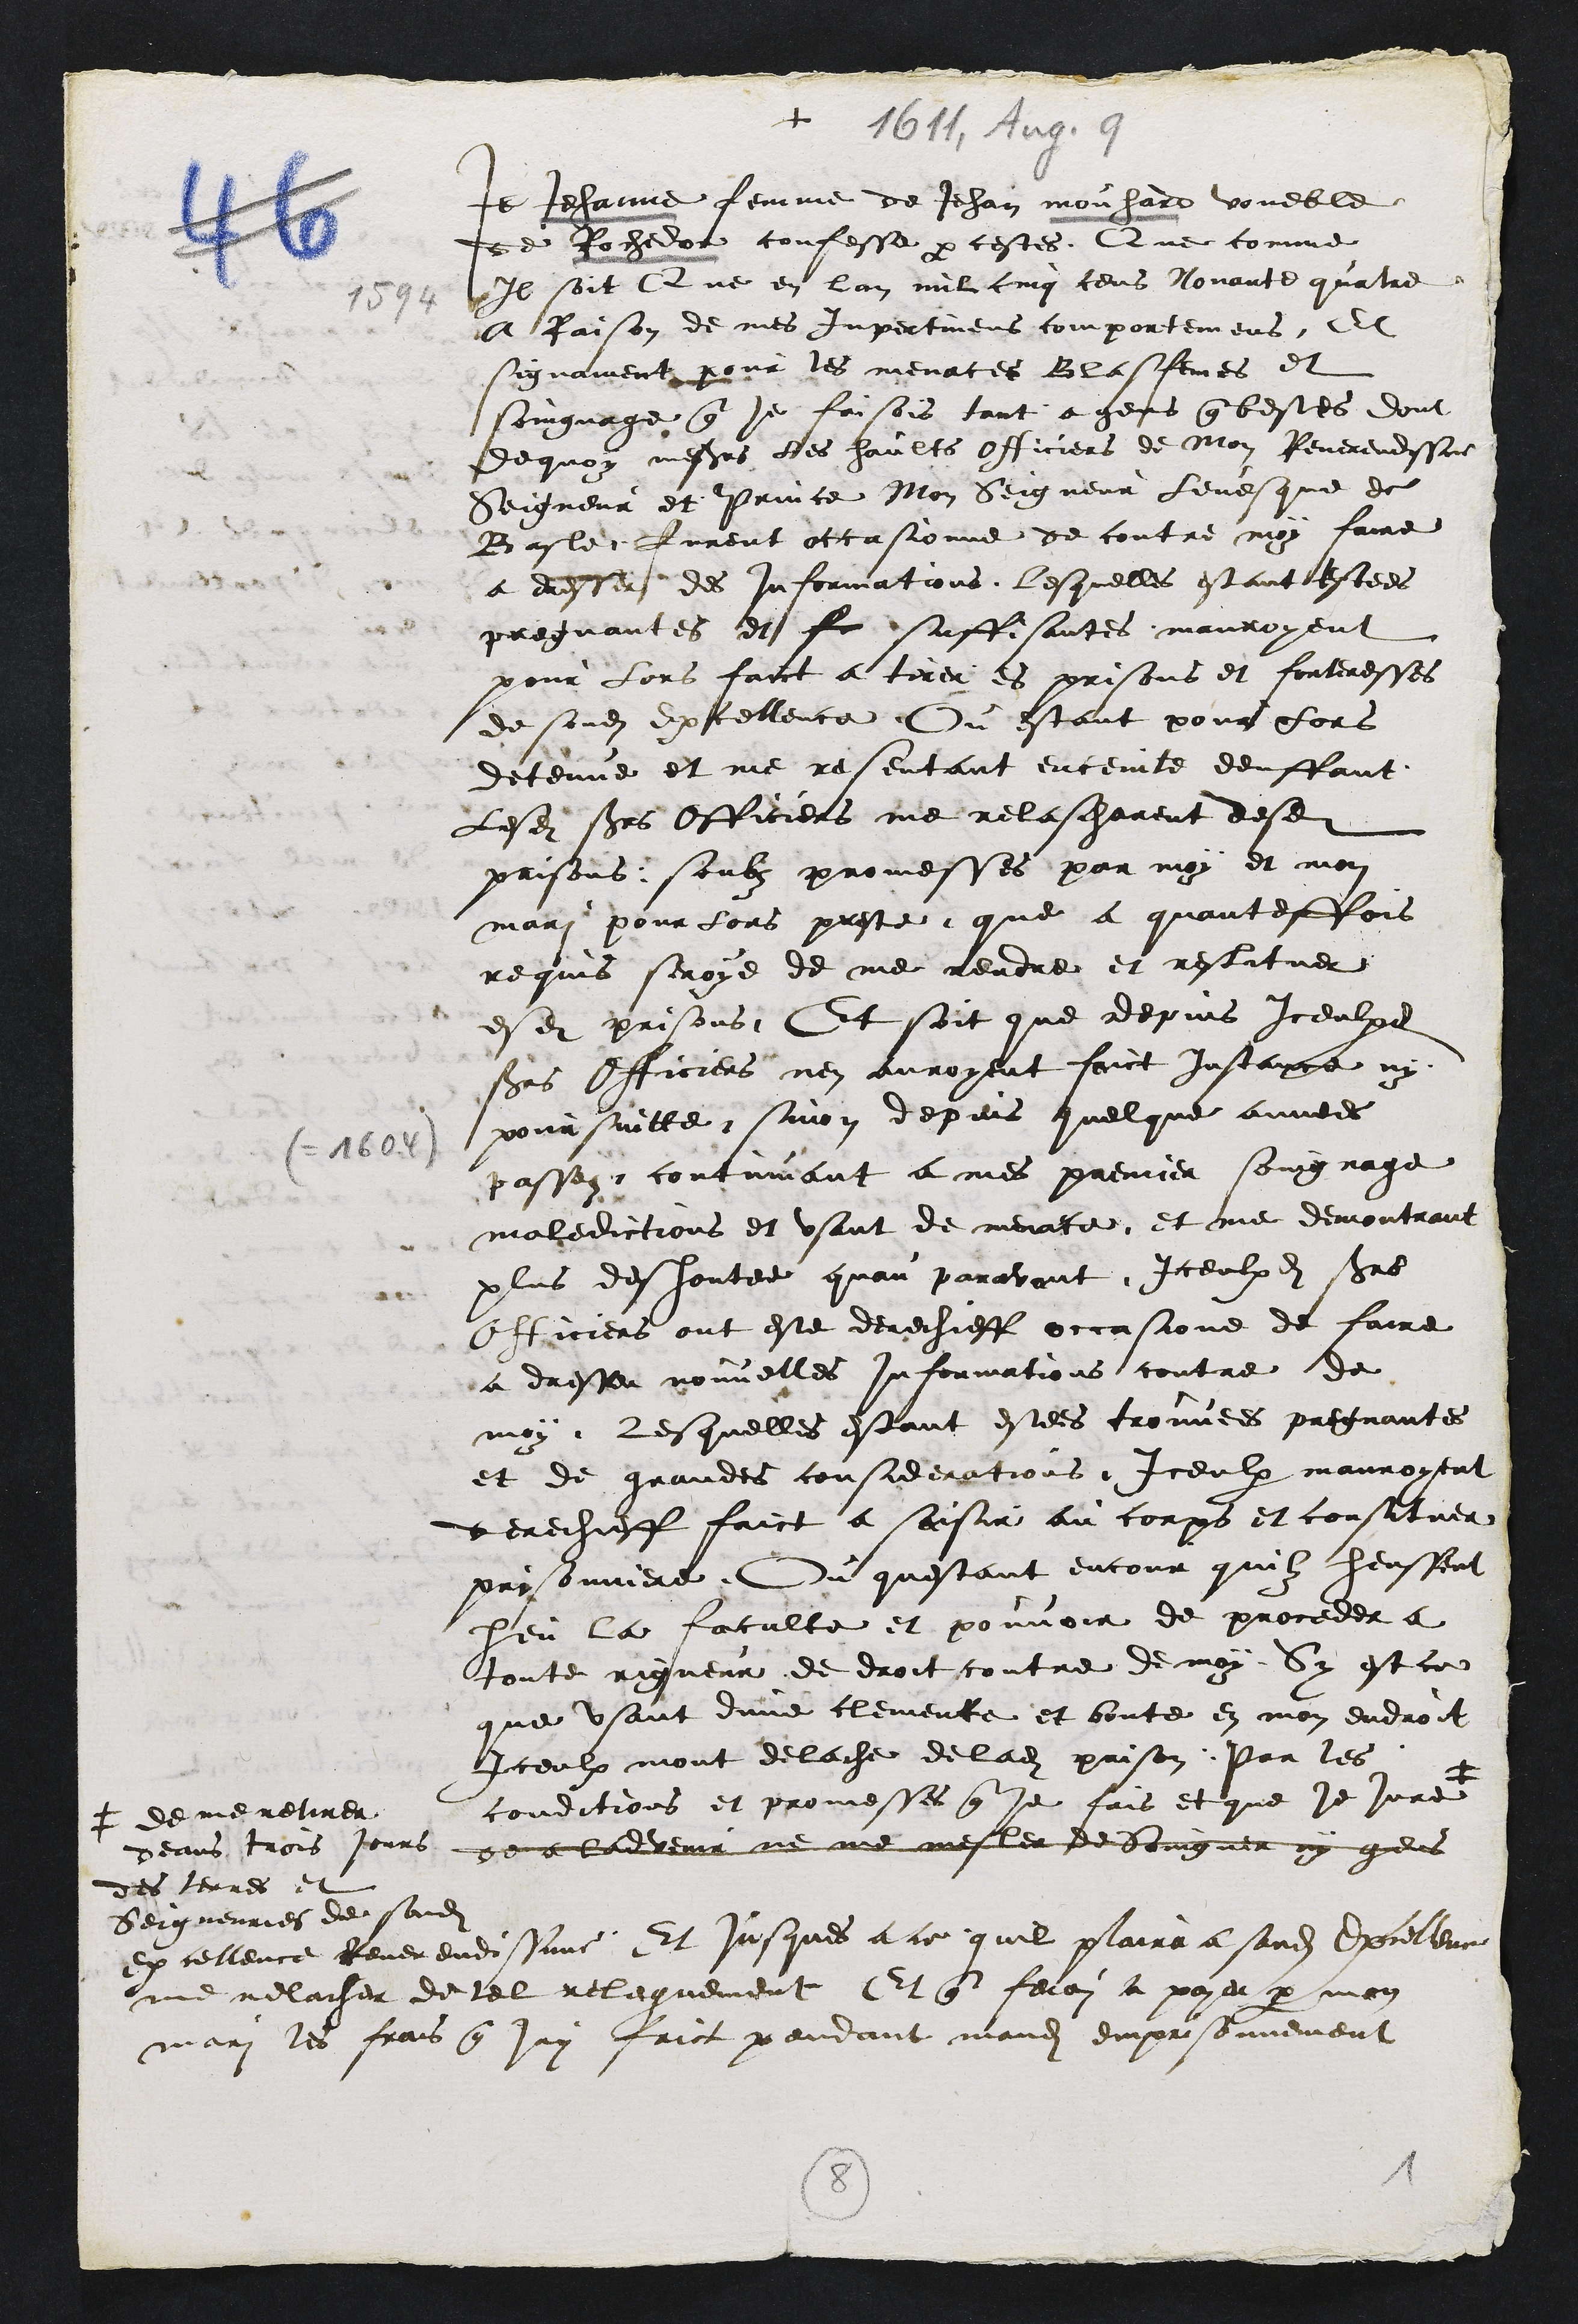
+
Je Jehanne femme de Jehan mouhard voueble
de Rochedor confesse par cestes. Que comme
Il soit Que en lan mil cinq cens Nonante quatre
a Raison de mes Impertinens comportemens, Et
signament pour les menaces Blasfemes et
soingnage que je faisois tant a gens que bestes dont
dequoy messieurs les haults officiers de Mon Reverendissime
Seigneur et Prince Mon Seigneur levesque de
Basle, Jurent occasionne de contre moy faire
a dresser des informations lesquelles estant estees
pregnantes et fe suffisantes mauroyent
pour lors faict a tirer es prisons et forteresses
de sondit Excellence Ou estant pour lors
detenue et me resentant enceinte denffant
Lesdits sieurs Officiers me relascharent desdites
prisons soubz promesses par moy et mon
mari pour lors preste que a quantesfois
requis seroye de me rendre et restituer
esdites prisons, Et soit que depuis iceulx
sieurs Officiers nen auroyent faict Instance ny
poursuitte, sinon depuis quelque annees
passez, continuant a mes premier soingnage
maledictions et usant de menace et me demontrant
plus deshontee quau paravant Iceulxdits sieurs
Officiers ont este derechieff occasionne de faire
a dresser nouvelles informations contre de
moy, lesquelles estant estees trouvées pregnantes
et de grandes considerations, Iceulx mauroyent
derechieff faict a saisir au corps et constituer
prisonniere Ou questant encour quilz heussent
heu la faculte et pouvoir de proceder a
toute rigueur de droit contre de moy Sy est ce
que usant dune clemence et bonte en mon endroit
Iceulx mont delache de ladite prison, Par les
conditions et promesses que je fais et que je jure +
+ de me retirer
deans trois jours
des terres et
Seigneuries de sondit
excellence Reverendissime Et jusques a ce quil plaira a sondit Excellence
me relacher de tel releguement Et que ferai a payer par mon
mari les frais que jay faict pendant mondit emprisonnement
de ladvenir ne ne mesler de soingner ny gens